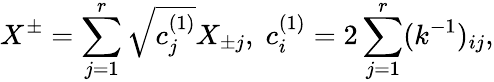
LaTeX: X^{\pm}=\sum_{j=1}^{r}\sqrt{c_{j}^{(1)}}X_{\pm j},\; c_{i}^{(1)}=2\sum_{j=1}^{r}(k^{-1})_{ij},